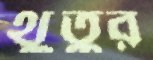
থুতুর